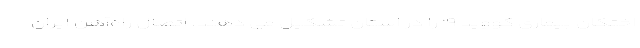
اختگان بیماری کووید ۱۹ را در استان تشکیل می دهند. اتصال راه‌آهن ایران